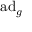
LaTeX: \operatorname { a d } _ { g }